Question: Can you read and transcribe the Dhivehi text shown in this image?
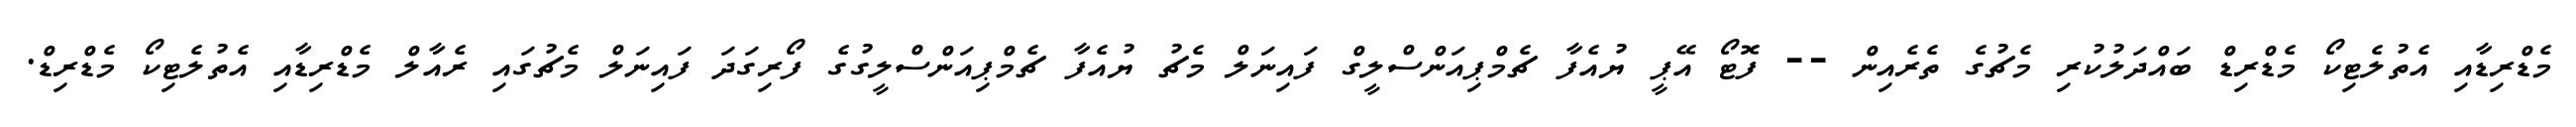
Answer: މެޑްރިޑާއި އެތުލެޓިކޯ މެޑްރިޑް ބައްދަލުކުރި މެޗުގެ ތެރެއިން -- ފޮޓޯ އޭޕީ ޔުއެފާ ޗެމްޕިއަންސްލީގް ފައިނަލް މެޗު ޔުއެފާ ޗެމްޕިއަންސްލީގުގެ ފޯރިގަދަ ފައިނަލް މެޗުގައި ރެއާލް މެޑްރިޑާއި އެތުލެޓިކޯ މެޑްރިޑް.